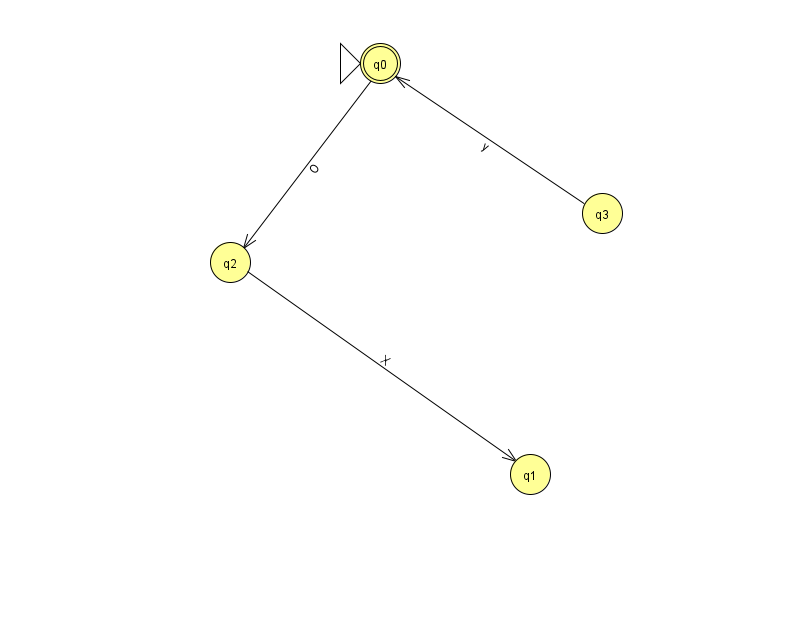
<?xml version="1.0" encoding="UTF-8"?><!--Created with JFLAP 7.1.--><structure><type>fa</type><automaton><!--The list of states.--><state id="0" name="q0"><x>380.0</x><y>50.0</y><initial/><final/></state><state id="1" name="q1"><x>530.0</x><y>461.0</y></state><state id="2" name="q2"><x>230.0</x><y>249.0</y></state><state id="3" name="q3"><x>602.0</x><y>200.0</y></state><!--The list of transitions.--><transition><from>2</from><to>1</to><read>X</read></transition><transition><from>0</from><to>2</to><read>O</read></transition><transition><from>3</from><to>0</to><read>y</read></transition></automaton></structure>